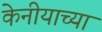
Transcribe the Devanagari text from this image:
केनीयाच्या